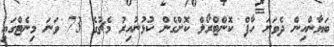
ބަޔާންއިން ދެވަނަ ހާފް ކޮންޓްރޯލް ކޮށްގެން ކުޅުނުއިރު މެޗުގެ 73 ވަނަ މިނެޓްގައި